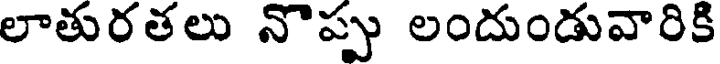
లాతురతలు నొప్పు లందుండువారికి